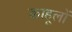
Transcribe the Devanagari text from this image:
काहूलों